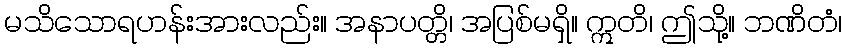
မသိသောရဟန်းအားလည်း။ အနာပတ္တိ၊ အပြစ်မရှိ။ ဣတိ၊ ဤသို့။ ဘဏိတံ၊